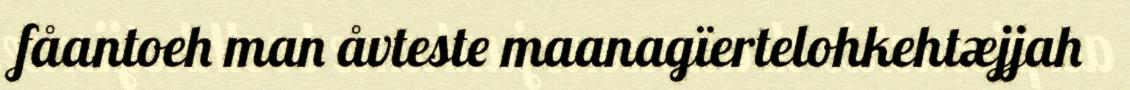
fåantoeh man åvteste maanagïertelohkehtæjjah